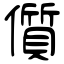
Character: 儨